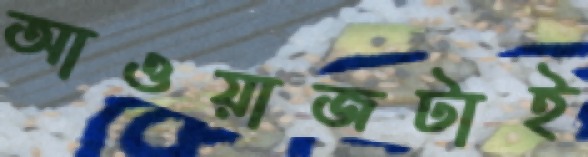
আওয়াজটাই